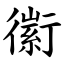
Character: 䘗